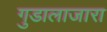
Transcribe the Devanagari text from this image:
गुडालाजारा